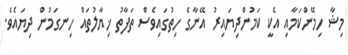
މިޝާ ހިމޭންކަމާއި އެކީ ކަމުންދިޔައިރު އޭނާގެ ހިތުގައިވެސް ތަފާތު ޚިޔާލުތައް ހިނގަމުން ދިޔައެވެ.